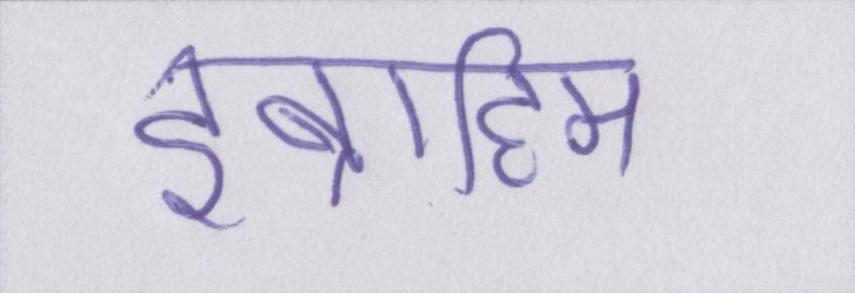
इब्राहिम